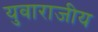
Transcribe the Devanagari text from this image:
युवाराजीय